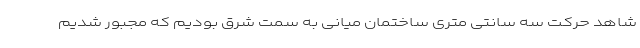
شاهد حرکت سه سانتی متری ساختمان میانی به سمت شرق بودیم که مجبور شدیم